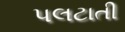
પલટાતી